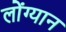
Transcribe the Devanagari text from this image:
लोंग्यान